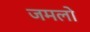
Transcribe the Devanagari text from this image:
जमलो